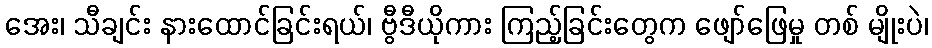
အေး၊ သီချင်း နားထောင်ခြင်းရယ်၊ ဗွီဒီယိုကား ကြည့်ခြင်းတွေက ဖျော်ဖြေမှု တစ် မျိုးပဲ၊